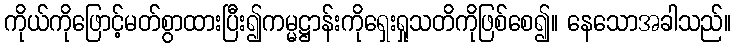
ကိုယ်ကိုဖြောင့်မတ်စွာထားပြီး၍ကမ္မဋ္ဌာန်းကိုရှေးရှုသတိကိုဖြစ်စေ၍။ နေသောအခါသည်။